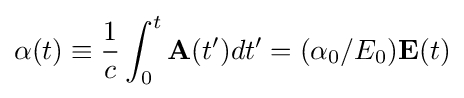
\mathbf {\alpha } (t)\equiv {\frac {1}{c}}\int _{0}^{t}\mathbf {A} (t')dt'=(\alpha _{0}/E_{0})\mathbf {E} (t)